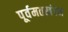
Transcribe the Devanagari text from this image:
पूर्वमतखंडन